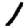
Digit: 1